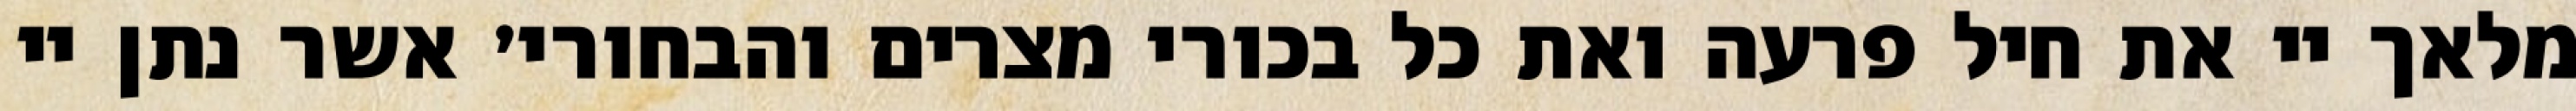
מלאך יי את חיל פרעה ואת כל בכורי מצרים והבחורי׳ אשר נתן יי